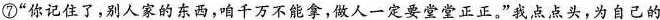
⑦“你记住了，别人家的东西，咱千万不能拿，做人一定要堂堂正正。"我点点头，为自己的